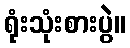
ရုံးသုံးစားပွဲ။